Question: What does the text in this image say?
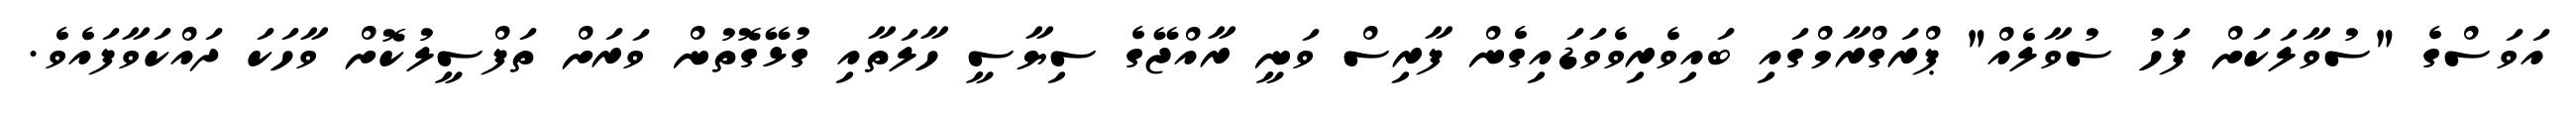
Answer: އަވަސްގެ "ސުވާލަކަށް ފަހު ސުވާލެއް" ޕްރަގްރާމްގައި ބައިވެރިވެވަޑައިގެން ފާރިސް ވަނީ ރާއްޖޭގެ ސިޔާސީ ހާލަތާއި ގުޅޭގޮތުން ވަރަށް ތަފްސީލުކޮށް ވާހަކަ ދައްކަވާފައެވެ.